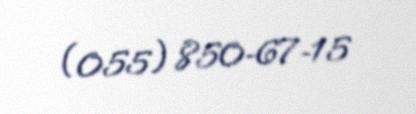
(055) 850-67-15